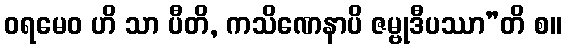
ဝရမေဝ ဟိ သာ ပီတိ, ကသိဏေနာပိ ဇမ္ဗုဒီပဿာ”တိ စ။